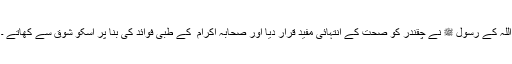
اللہ کے رسول ﷺ نے چقندر کو صحت کے انتہائی مفید قرار دیا اور صحابہ اکرام ؓ کے طبی فوائد کی بنا پر اسکو شوق سے کھاتے ۔